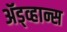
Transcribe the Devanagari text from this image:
ॲड्व्हान्स